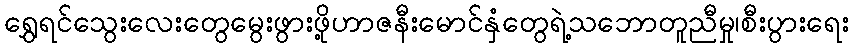
ရွှေရင်သွေးလေးတွေမွေးဖွားဖို့ဟာဇနီးမောင်နှံတွေရဲ့သဘောတူညီမှု၊စီးပွားရေး